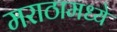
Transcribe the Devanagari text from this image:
मराठामध्ये